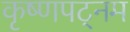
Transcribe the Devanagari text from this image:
कृष्णपट्नम